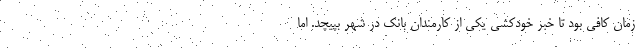
زمان کافی بود تا خبر خودکشی یکی از کارمندان بانک در شهر بپیچد. اما